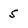
Character: 5